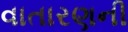
વાતારણની